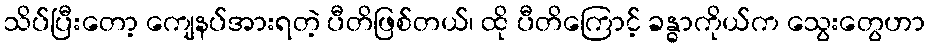
သိပ်ပြီးတော့ ကျေနပ်အားရတဲ့ ပီတိဖြစ်တယ်၊ ထို ပီတိကြောင့် ခန္ဓာကိုယ်က သွေးတွေဟာ